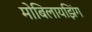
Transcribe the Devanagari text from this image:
मोबिलायझिंग